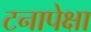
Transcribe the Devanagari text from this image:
टनापेक्षा